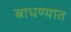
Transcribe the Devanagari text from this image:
बाधण्यात